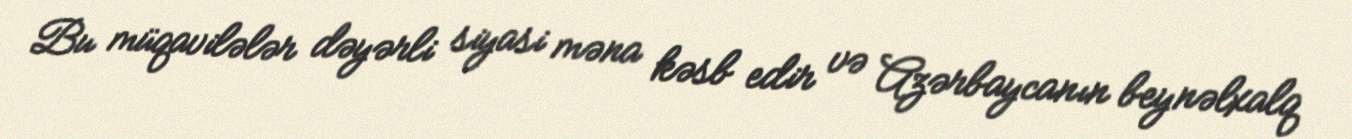
Bu müqavilələr dəyərli siyasi məna kəsb edir və Azərbaycanın beynəlxalq